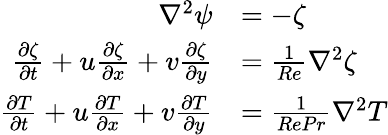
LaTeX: \begin{array}{rl}{\nabla^{2}\psi}&{=-\zeta}\\ {\frac{\partial\zeta}{\partial t}+u\frac{\partial\zeta}{\partial x}+v\frac{\partial\zeta}{\partial y}}&{=\frac{1}{Re}\nabla^{2}\zeta}\\ {\frac{\partial T}{\partial t}+u\frac{\partial T}{\partial x}+v\frac{\partial T}{\partial y}}&{=\frac{1}{RePr}\nabla^{2}T}\end{array}